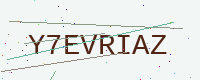
Text: Y7EVRIAZ